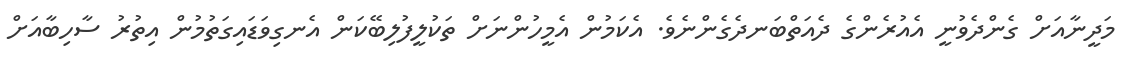
މަދީނާއަށް ގެންދެވުނީ އެއުރެންގެ ދެއަތްބަނދެގެންނެވެ. އެކަމުން އެމީހުންނަށް ތަކުލީފުލިބޭކަން އެނގިވަޑައިގަތުމުން އިތުރު ސާހިބާއަށް